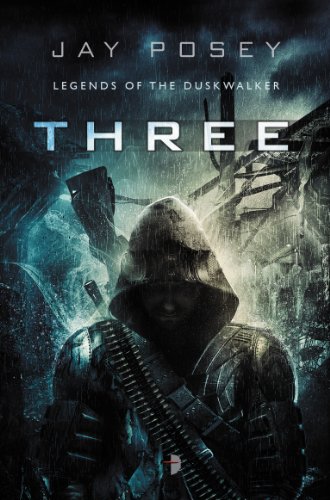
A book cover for Three (Legends of the Duskwalker); Jay Posey; Science Fiction & Fantasy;